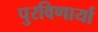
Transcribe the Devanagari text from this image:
पुरविणार्या